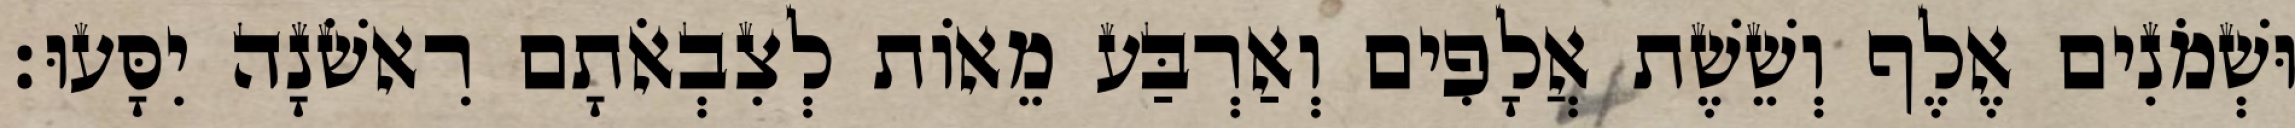
וּשְׁמֹנִים אֶלֶף וְשֵׁשֶׁת אֲלָפִים וְאַרְבַּע מֵאוֹת לְצִבְאֹתָם רִאשֹׁנָה יִסָּעוּ׃